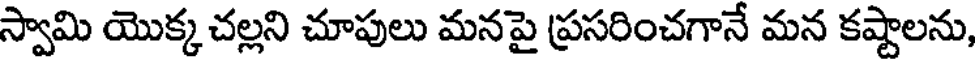
స్వామి యొక్క చల్లని చూపులు మనపై ప్రసరించగానే మన కష్టాలను,